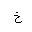
Letter: _kha